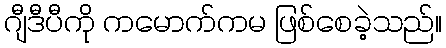
ဂျီဒီပီကို ကမောက်ကမ ဖြစ်စေခဲ့သည်။